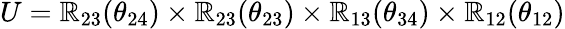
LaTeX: U=\mathbb{R}_{23}(\theta_{24})\times\mathbb{R}_{23}(\theta_{23})\times\mathbb{R}_{13}(\theta_{34})\times\mathbb{R}_{12}(\theta_{12})